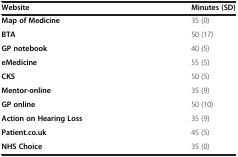
<table><thead><tr><td><b>Website</b></td><td><b>Minutes (SD)</b></td></tr></thead><tbody><tr><td><b>Map of Medicine</b></td><td>35 (0)</td></tr><tr><td><b>BTA</b></td><td>50 (17)</td></tr><tr><td><b>GP notebook</b></td><td>40 (5)</td></tr><tr><td><b>eMedicine</b></td><td>55 (5)</td></tr><tr><td><b>CKS</b></td><td>50 (5)</td></tr><tr><td><b>Mentor-online</b></td><td>35 (9)</td></tr><tr><td><b>GP online</b></td><td>50 (10)</td></tr><tr><td><b>Action on Hearing Loss</b></td><td>35 (9)</td></tr><tr><td><b>Patient.co.uk</b></td><td>45 (5)</td></tr><tr><td><b>NHS Choice</b></td><td>35 (0)</td></tr></tbody></table>